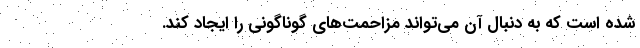
شده است که به دنبال آن می‌تواند مزاحمت‌های گوناگونی را ایجاد کند.